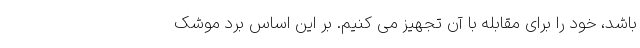
باشد، خود را برای مقابله با آن تجهیز می کنیم. بر این اساس برد موشک